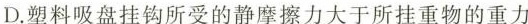
D.塑料吸盘挂钩所受的静摩擦力大于所挂重物的重力